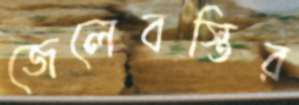
জেলেবস্তির